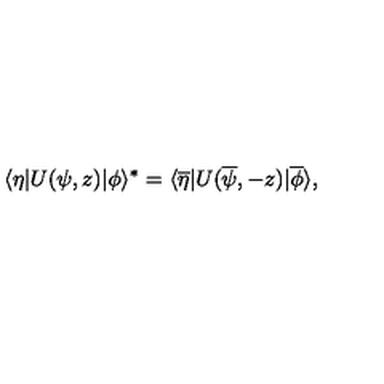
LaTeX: \langle \eta | U ( \psi , z ) | \phi \rangle ^ { \ast } = \langle \overline { \eta } | U ( \overline { \psi } , - z ) | \overline { \phi } \rangle ,